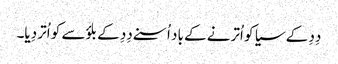
دِدِ کے سیا کو اُترنے کے باد اُسنے دِدِ کے بلؤسے کو اُتر دِیا۔